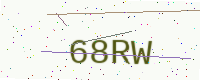
Text: 68RW